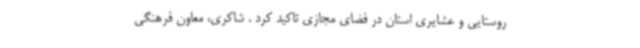
روستایی و عشایری استان در فضای مجازی تاکید کرد . شاکری، معاون فرهنگی